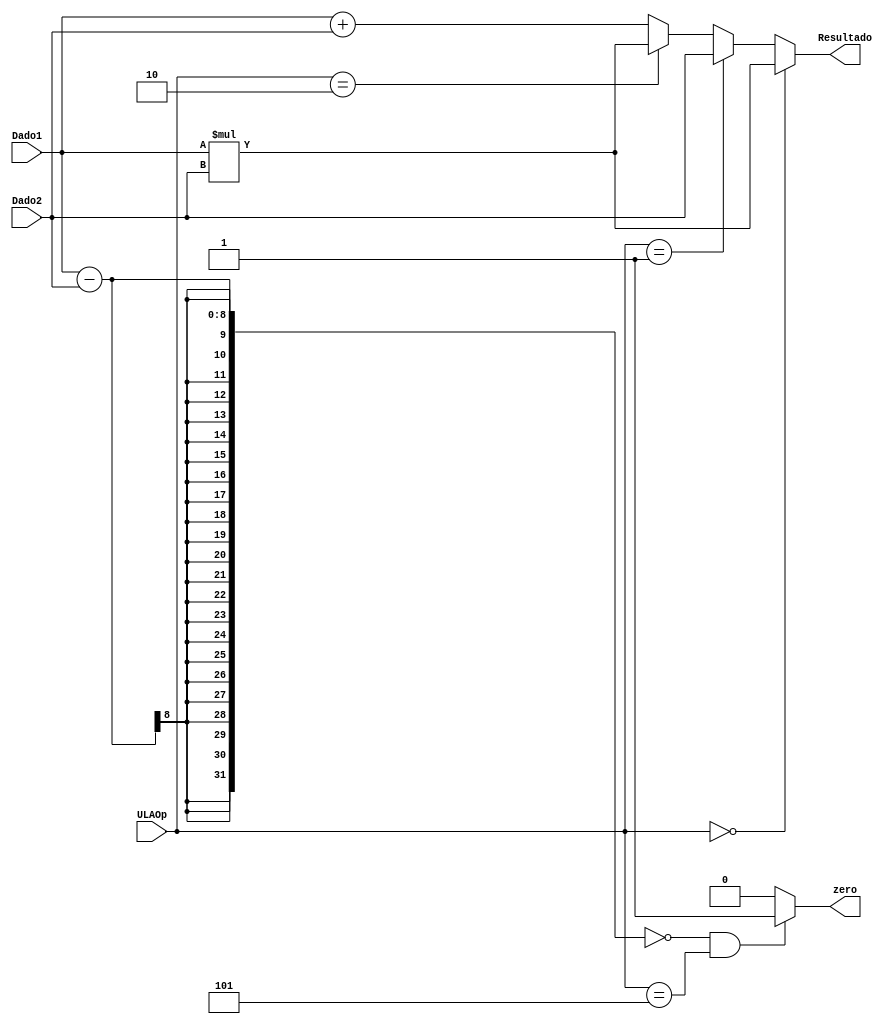
module ula(
//Dado 2  a saida do mux, pode ser imediato ou conteudo de um reg
	input wire [2:0]ULAOp,
	input wire[7:0]Dado1,
	input wire[7:0]Dado2,
	output wire zero,
	output wire [7:0] Resultado
);


	assign zero = (Dado1 - Dado2 == 0 & ULAOp == 3'b101) ? 1 : 0;

	assign Resultado = 
		(ULAOp == 3'b000) ? Dado1*Dado2 : // LOAD 
		(ULAOp == 3'b001)	? Dado2: // LA
		(ULAOp == 3'b010) ? Dado1*Dado2: // STORE
		(ULAOp == 3'b011 & ULAOp != 3'b101)	? Dado1 + Dado2 : Dado1 + Dado2 ;	// ADD E ADDI
	
endmodule